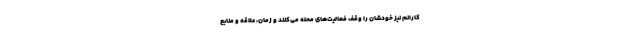
کارانم نیز خودشان را وقف فعالیت‌های محله می‌کنند و زمان، علاقه و منابع